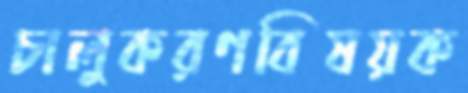
চালুকরণবিষয়ক